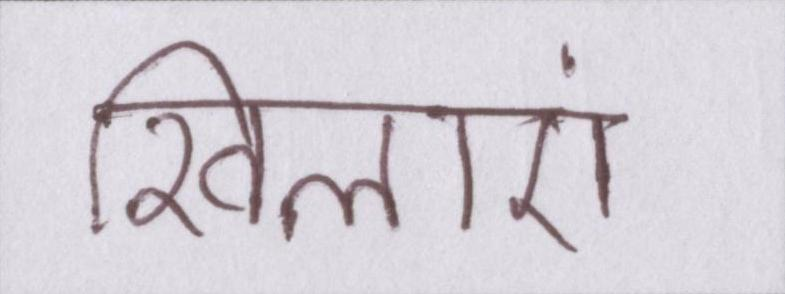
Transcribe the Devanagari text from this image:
खिलाएं